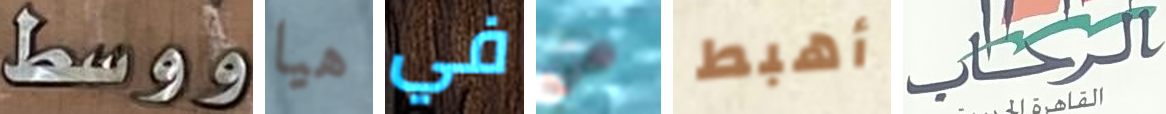
ووسط هيا في من أهبط الرحاب